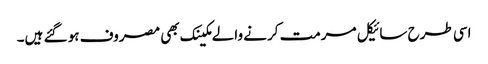
اسی طرح سائیکل مرمت کرنے والے مکینک بھی مصروف ہو گئے ہیں۔